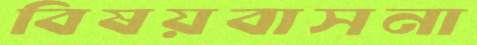
বিষয়বাসনা